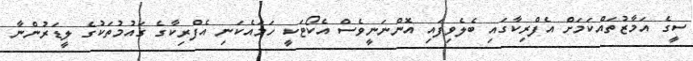
ސީގެ އަމާޒުތައްކަމަށް އެފްރިކާގައި ބެލެވިފައި އޮންނަނީވެސް އެކޯޓަކީ ހަމައެކަނި އެފްރިކާގެ ގައުމުތަކުގެ ލީޑަރުންނާ